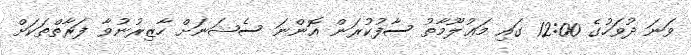
ވަނަ ދުވަހުގެ 12:00 ގައި މަޢުލޫމާތު ސާފުކުރަން އޮންނަ ސެޝަނަށް ހާޒިރުނުވާ ފަރާތްތަކަށް